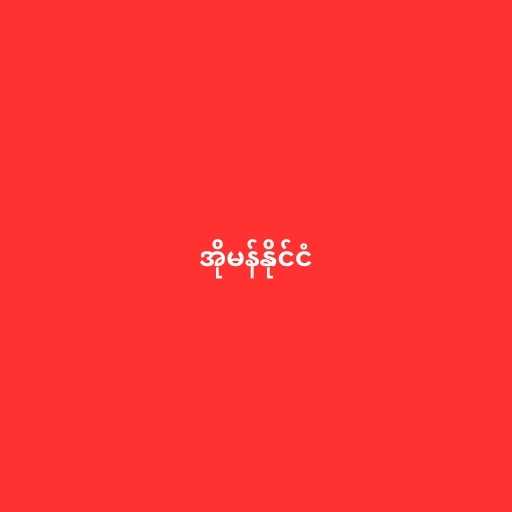
အိုမန်နိုင်ငံ